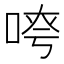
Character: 𫪖